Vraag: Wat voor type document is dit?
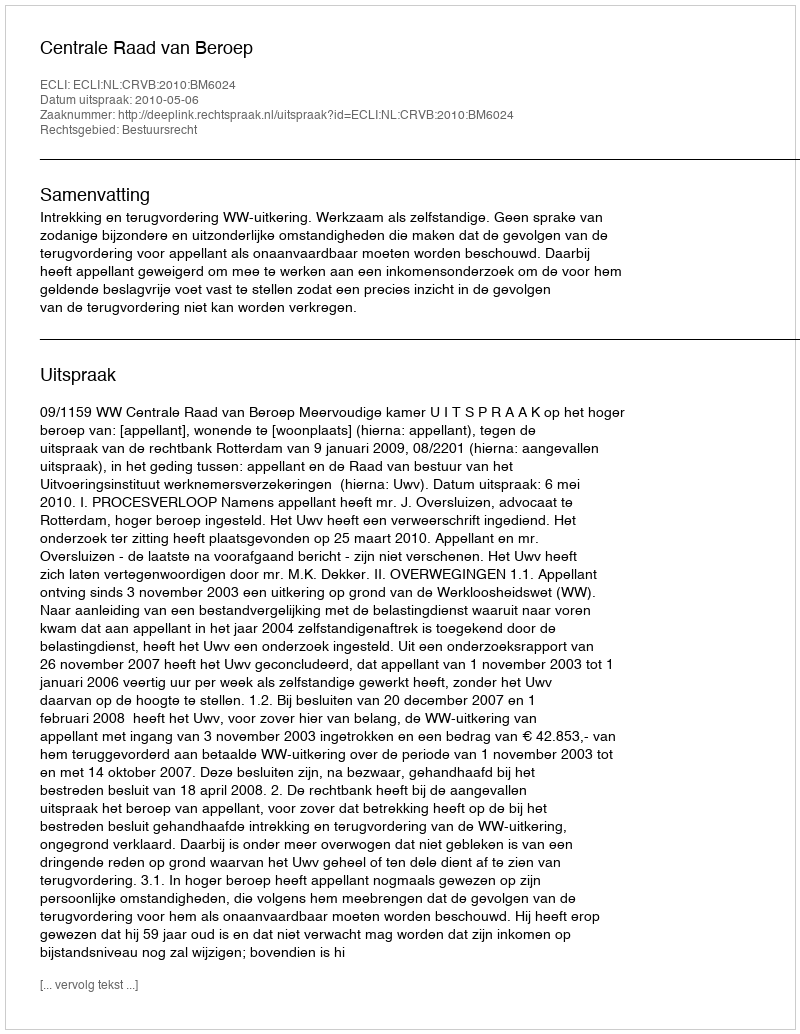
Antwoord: Uitspraak